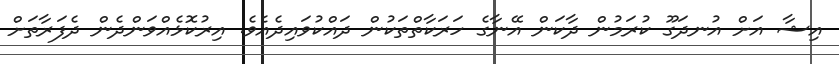
އިޝާ އަށް އުނދަގޫ ކުރަމުން ދާކަން އޭނާގެ ހަރަކާތްތަކުން ދައްކުވައިދެއެވެ. އިރުކޮޅެއްވަންދެން ދެފަރާތަށް